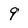
Character: 9